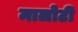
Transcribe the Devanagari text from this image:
मालोटी